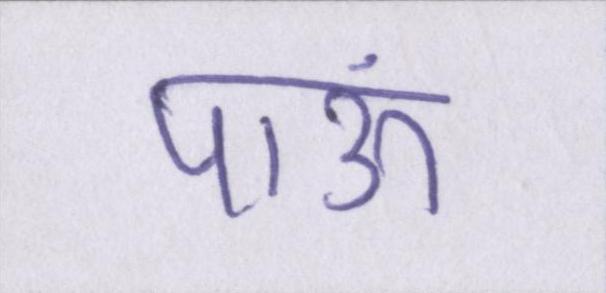
पाऊं